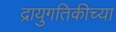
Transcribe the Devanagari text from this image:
द्रायुगतिकीच्या